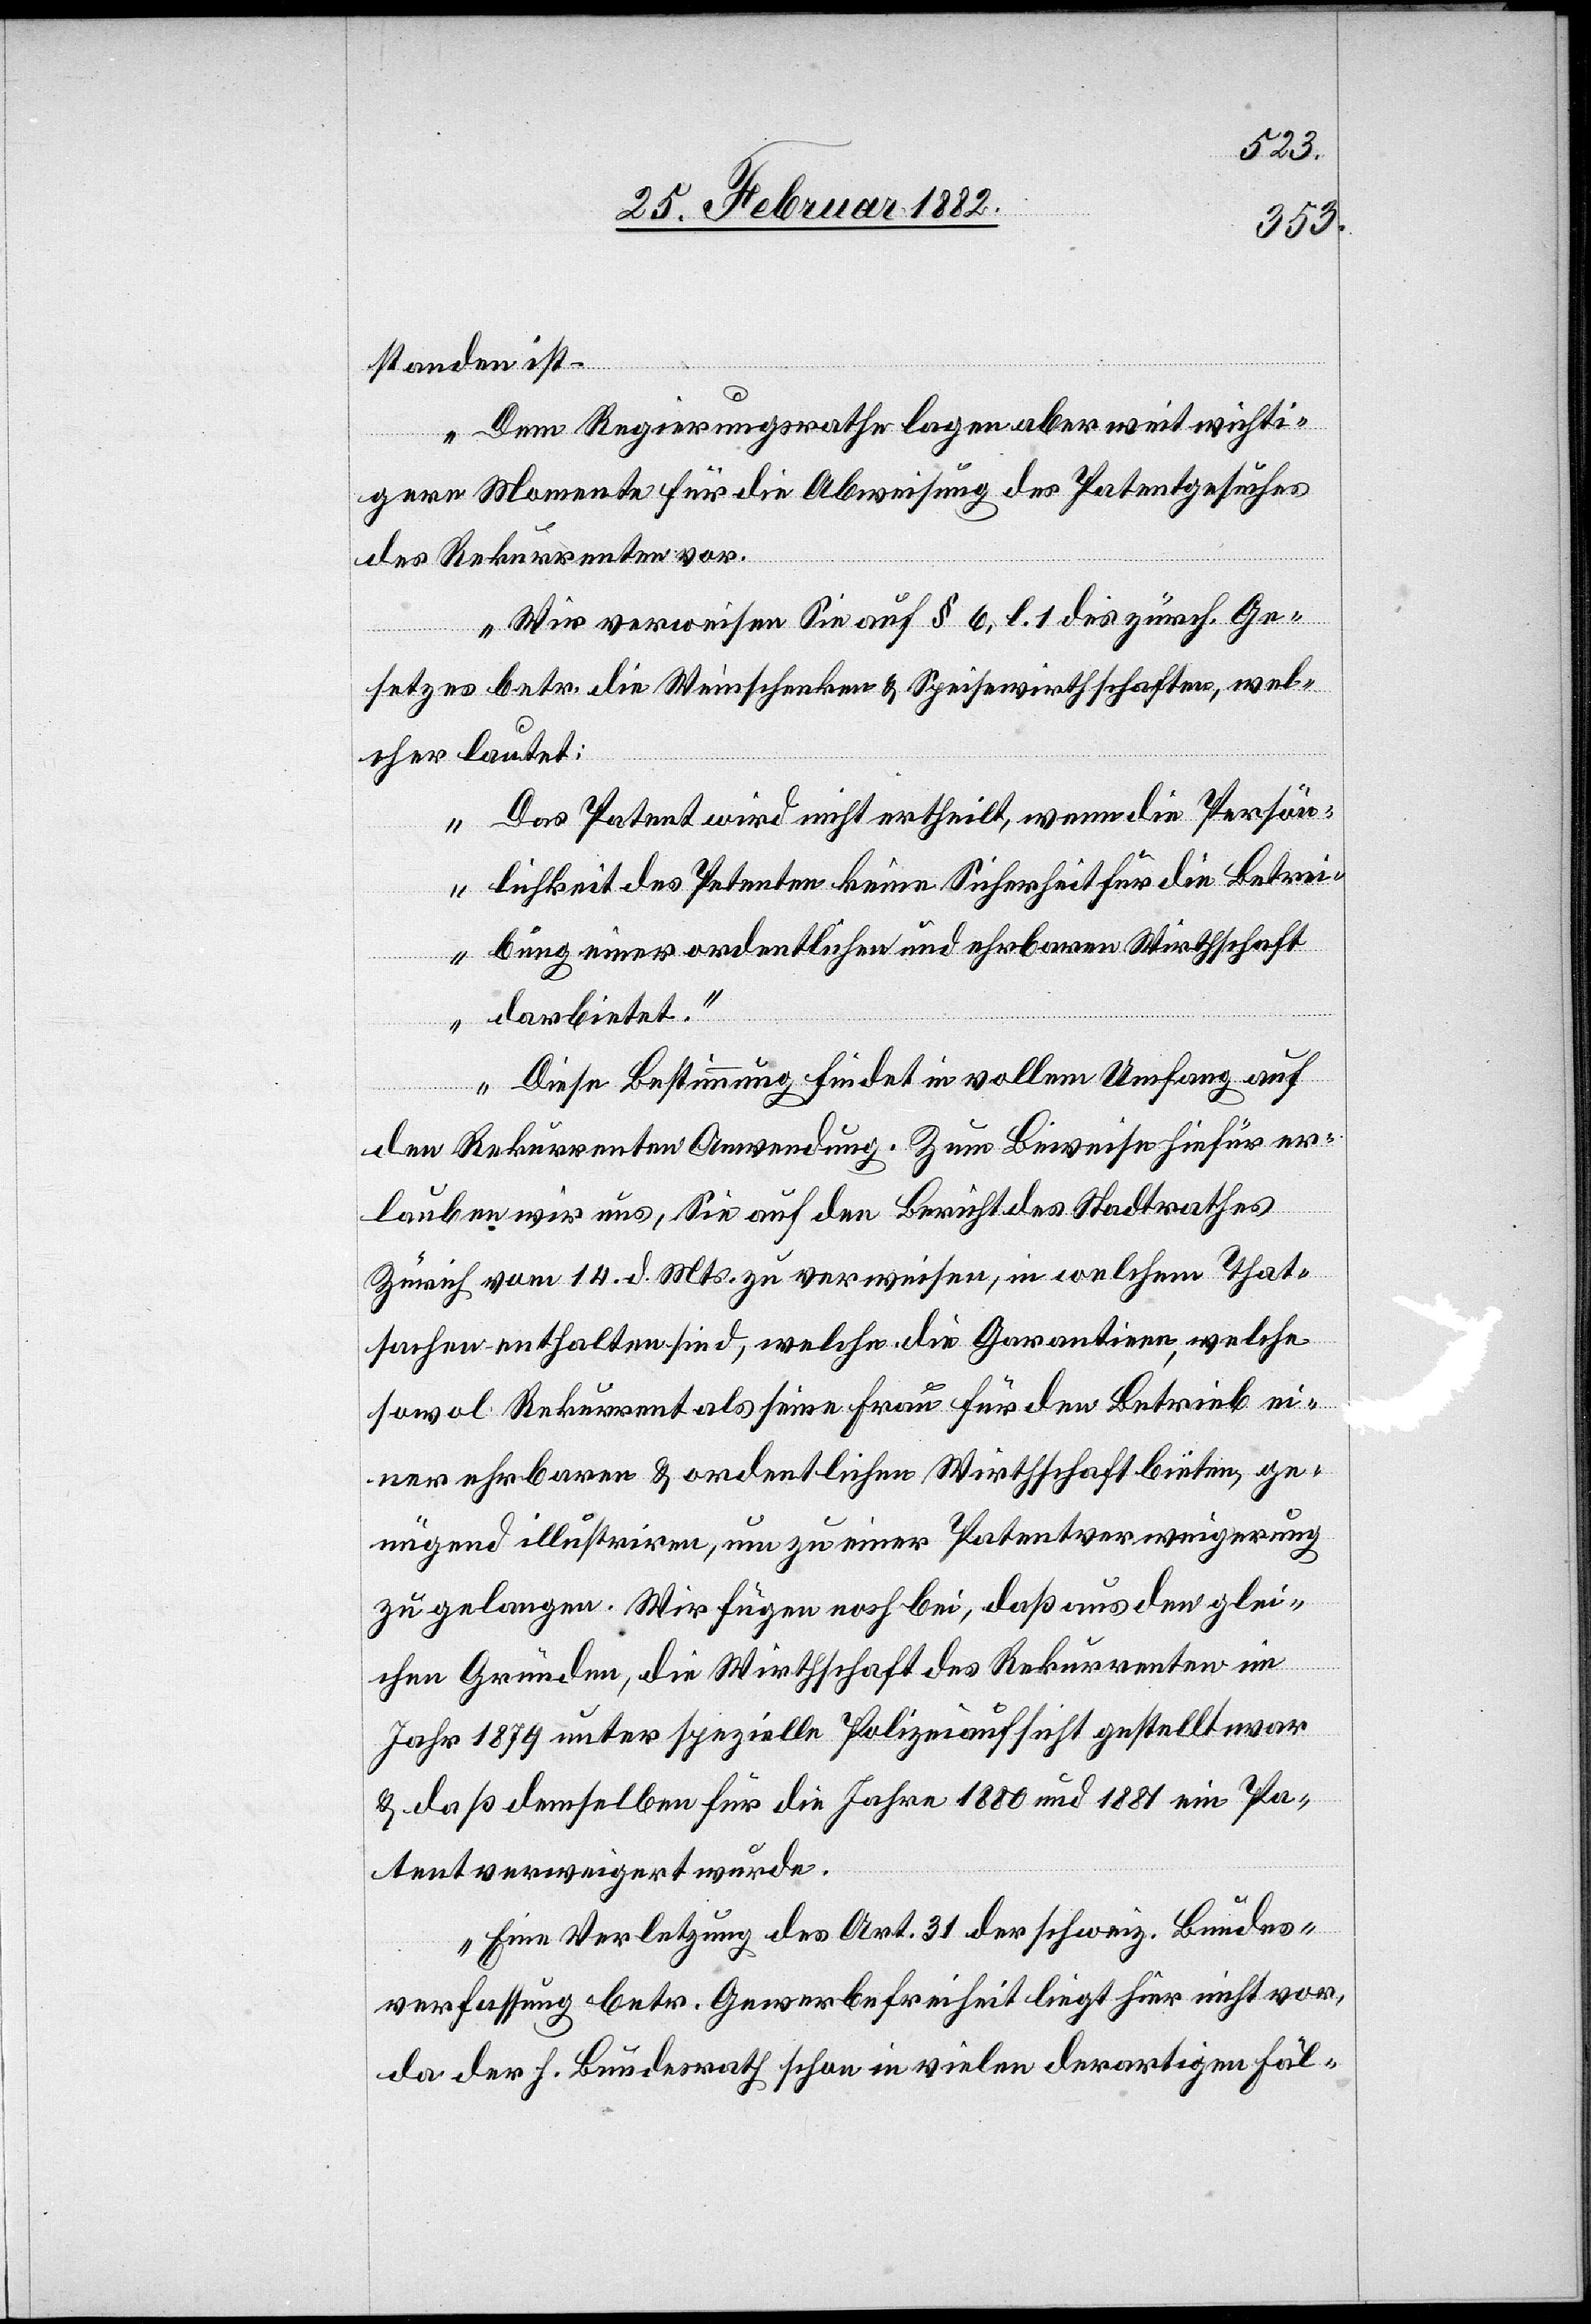
standen ist.
Dem Regierungsrathe lagen aber weit wichti¬
gere Momente für die Abweisung des Patentgesuches
des Rekurrenten vor.
Wir verweisen Sie auf § 6, l. 1 des zürch. Ge¬
setzes betr. die Weinschenker & Speisewirthschaften, wel¬
cher lautet:
Das Patent wird nicht ertheilt, wenn die Persön¬
lichkeit des Petenten keine Sicherheit für die Betrei¬
bung einer ordentlichen und ehrbaren Wirthschaft
darbietet.
Diese Bestimmung findet in vollem Umfang auf
den Rekurrenten Anwendung. Zum Beweise hiefür er¬
lauben wir uns, Sie auf den Bericht des Stadtrathes
Zürich vom 14. d. Mts. zu verweisen, in welchem That¬
sachen enthalten sind, welche die Garantien, welche
sowol Rekurrent als seine Frau für den Betrieb ei¬
ner ehrbaren & ordentlichen Wirtschaft bieten, ge¬
nügend illustrieren, nun zu einer Patentverweigerung
zu gelangen. Wir fügen noch bei, daß aus den glei¬
chen Gründen, die Wirtschaft des Rekurrenten im
Jahr 1879 unter spezielle Polizeiaufsicht gestellt war
& daß demselben für die Jahre 1880 und 1881 ein Pa¬
tent verweigert wurde.
Eine Verletzung des Art. 31 der schweiz. Bundes¬
verfassung betr. Gewerbefreiheit liegt hier nicht vor,
da der h. Bundesrath schon in vielen derartigen Fäl-